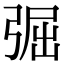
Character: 𢏷